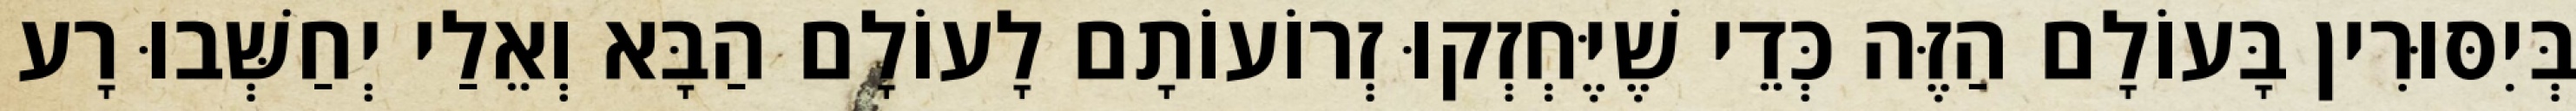
בְּיִסּוּרִין בָּעוֹלָם הַזֶּה כְּדֵי שֶׁיֶּחְזְקוּ זְרוֹעוֹתָם לָעוֹלָם הַבָּא וְאֵלַי יְחַשְּׁבוּ רָע